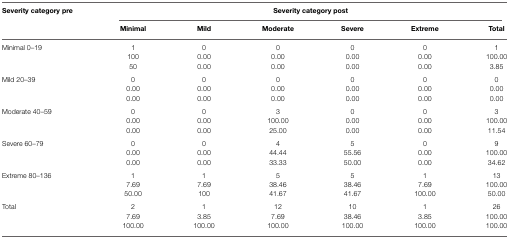
| Severity category pre | <COLSPAN=6> Severity category post |
 |  | Minimal | Mild | Moderate | Severe | Extreme | Total |
 | --- | --- | --- | --- | --- | --- | --- |
 | Minimal 0–19 | 1 | 0 | 0 | 0 | 0 | 1 |
 |  | 100 | 0.00 | 0.00 | 0.00 | 0.00 | 100.00 |
 |  | 50 | 0.00 | 0.00 | 0.00 | 0.00 | 3.85 |
 | Mild 20–39 | 0 | 0 | 0 | 0 | 0 | 0 |
 |  | 0.00 | 0.00 | 0.00 | 0.00 | 0.00 | 0.00 |
 |  | 0.00 | 0.00 | 0.00 | 0.00 | 0.00 | 0.00 |
 | Moderate 40–59 | 0 | 0 | 3 | 0 | 0 | 3 |
 |  | 0.00 | 0.00 | 100.00 | 0.00 | 0.00 | 100.00 |
 |  | 0.00 | 0.00 | 25.00 | 0.00 | 0.00 | 11.54 |
 | Severe 60–79 | 0 | 0 | 4 | 5 | 0 | 9 |
 |  | 0.00 | 0.00 | 44.44 | 55.56 | 0.00 | 100.00 |
 |  | 0.00 | 0.00 | 33.33 | 50.00 | 0.00 | 34.62 |
 | Extreme 80–136 | 1 | 1 | 5 | 5 | 1 | 13 |
 |  | 7.69 | 7.69 | 38.46 | 38.46 | 7.69 | 100.00 |
 |  | 50.00 | 100 | 41.67 | 41.67 | 100.00 | 50.00 |
 | Total | 2 | 1 | 12 | 10 | 1 | 26 |
 |  | 7.69 | 3.85 | 7.69 | 38.46 | 3.85 | 100.00 |
 |  | 100.00 | 100.00 | 100.00 | 100.00 | 100.00 | 100.00 |